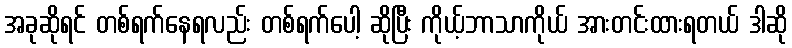
အခုဆိုရင် တစ်ရက်နေရလည်း တစ်ရက်ပေါ့ ဆိုပြီး ကိုယ့်ဘာသာကိုယ် အားတင်းထားရတယ် ဒါဆို